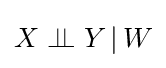
X\perp \!\!\!\perp Y\,|\,W